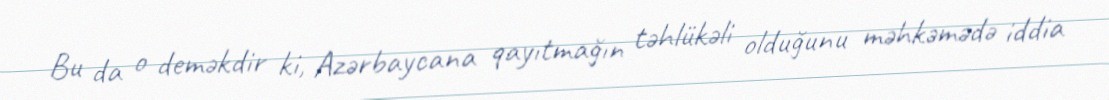
Bu da o deməkdir ki, Azərbaycana qayıtmağın təhlükəli olduğunu məhkəmədə iddia